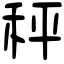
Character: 秤